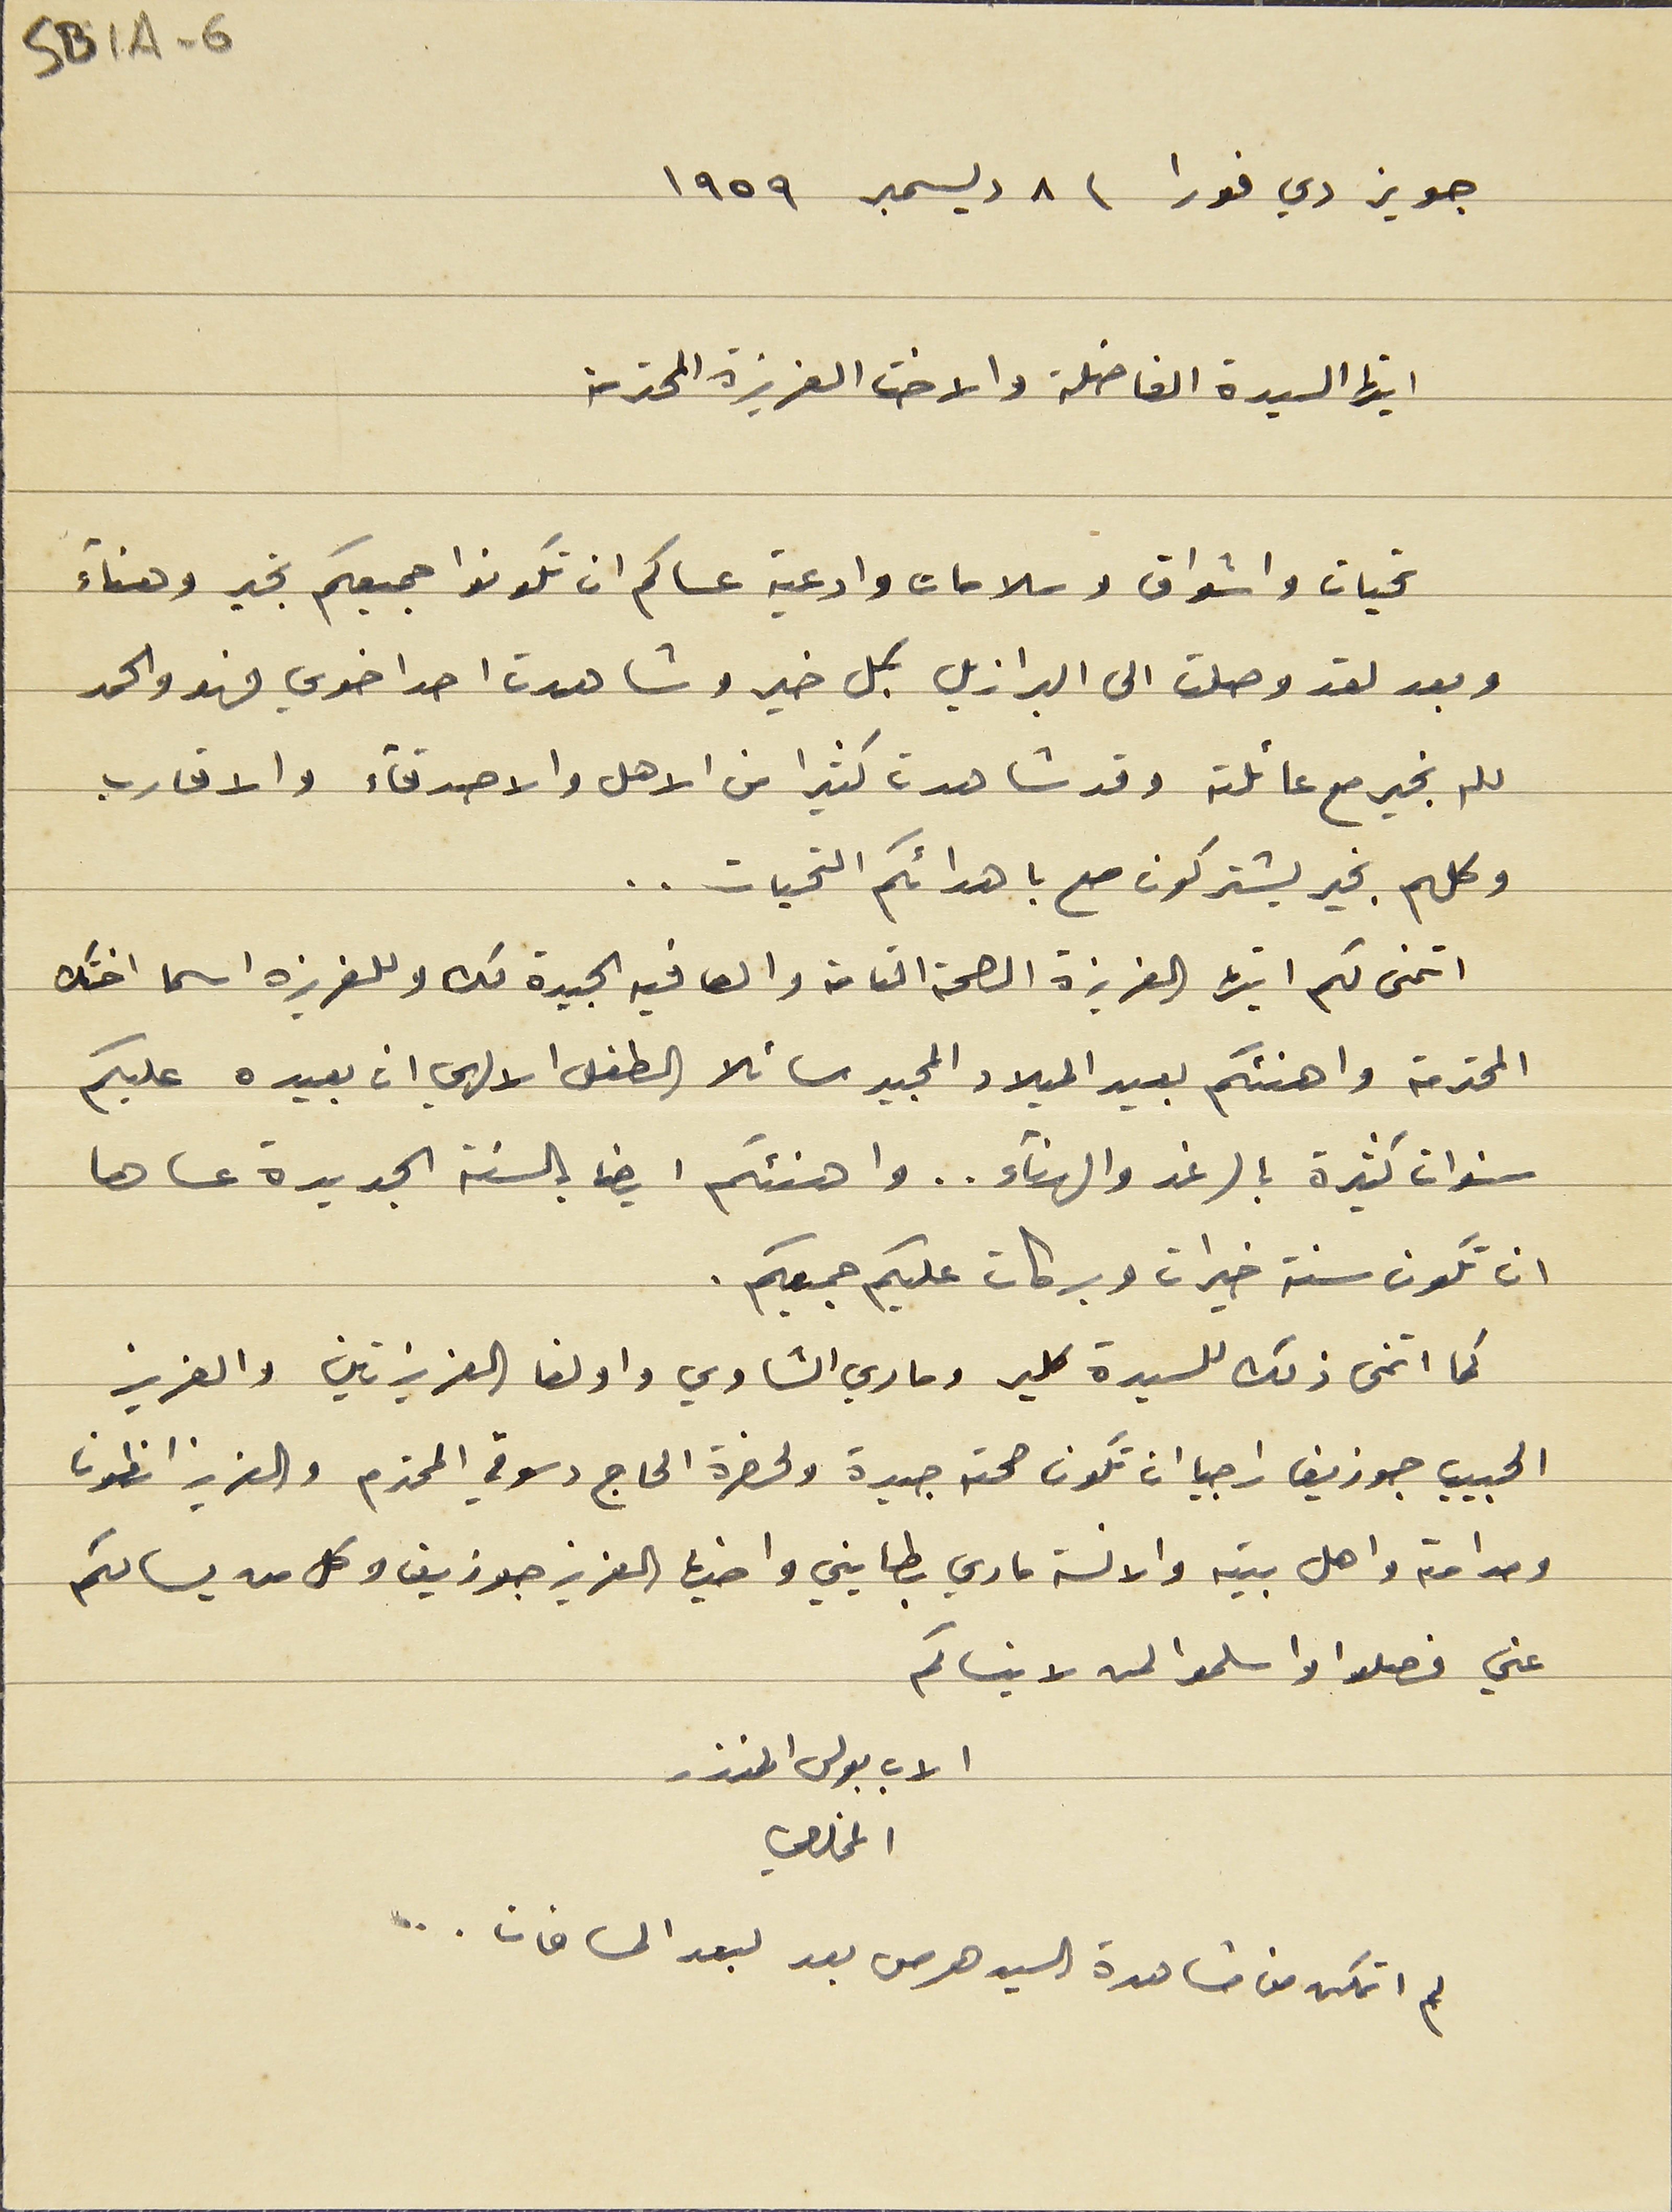
جويز دي فورا  ٨ ديسمبر ١٩٥٩
ايتها السيدة الفاضلة والاخت العزيزة المحترمة
تحيات واشواق وسلامات وادعية عساكم ان تكونوا جميعكم بخير وهناء
وبعد لقد وصلت الى البرازيل بكل خير وشاهدت احد اخوي فهو والحمد
لله بخير مع عائلته وقد شاهدت كثيرا من الاهل والاصدقاء والاقارب
وكلهم بخير يشتركون مع باهدائكم التحيات..
اتمنى لكم ايتها العزيزة الصحة التامة والعافيه الجيدة لك وللعزيزه اسما اختك
المحترمة واهنئكم بعيد الميلاد المجيد سائلا الطفل الالهي ان يعيده عليكم
سنوات كثيرة بالرغد والهناء.. واهنئكم ايضا بالسنة الجديدة عساها
ان تكون سنة خيرات وبركات عليكم جميعكم.
كما اتمنى ذلك للسيدة كلير وماري الشاوي واولغا العزيزتين والعزيز
الحبيب جوزيف راجيا ان تكون صحته جيدة ولحضرة الحاج دسوقي المحترم والعزيز انطون
ومدامته واهل بيته والانسة ماري بطايني واخيها العزيز جوزيف وكل من يسالكم
عني فصلوا واسلموا لمن لاينساكم
الاب بولس المنذر
المخلصي
لم اتمكن من مشاهدة السيد هرمس بعد لبعد المسافات ...
SB1A-6